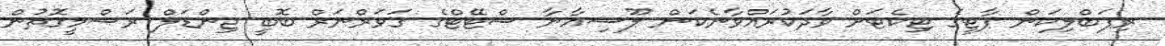
ރިޕަބްލިކަން ޕާޓީގެ ޓިކެޓަށް ވާދަކުރައްވާނެކަން ލޫސިއާނާ ސްޓޭޓްގެ ގަވަރްނަރް ބޮބީ ޖިންޑަލް ރަސްމީގޮތުން